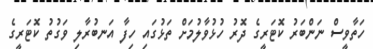
ހަތާވީސް ނަންބަރު ކޮޓަރީގެ ދޮރު ހުޅުވާލުމަށް ތަޅުގައި ހިފާ އަނބުރާލި ވަގުތު ކޮޓަރީގެ